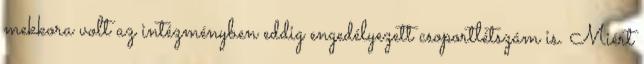
mekkora volt az intézményben eddig engedélyezett csoportlétszám is. Miért